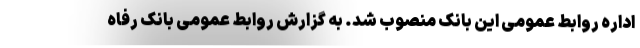
اداره روابط عمومی این بانک منصوب شد. به گزارش روابط عمومی بانک رفاه